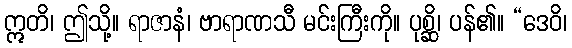
ဣတိ၊ ဤသို့။ ရာဇာနံ၊ ဗာရာဏသီ မင်းကြီးကို။ ပုစ္ဆိ၊ ပန်၏။ “ဒေဝိ၊